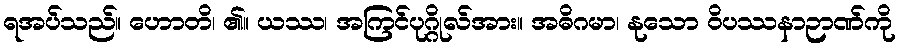
ရအပ်သည်။ ဟောတိ၊ ၏။ ယဿ၊ အကြင်ပုဂ္ဂိုလ်အား။ အဓိဂမာ၊ နုသော ဝိပဿနာဉာဏ်ကို